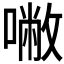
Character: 𰈡